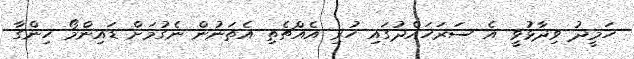
ހަމީދު ވިދާޅުވީ އެ ސަރަހައްދުގައި ހުރި އެއްޗެތި އެތަނުން ނެގުމަށް ޑައިންމޯ ހިންގާ